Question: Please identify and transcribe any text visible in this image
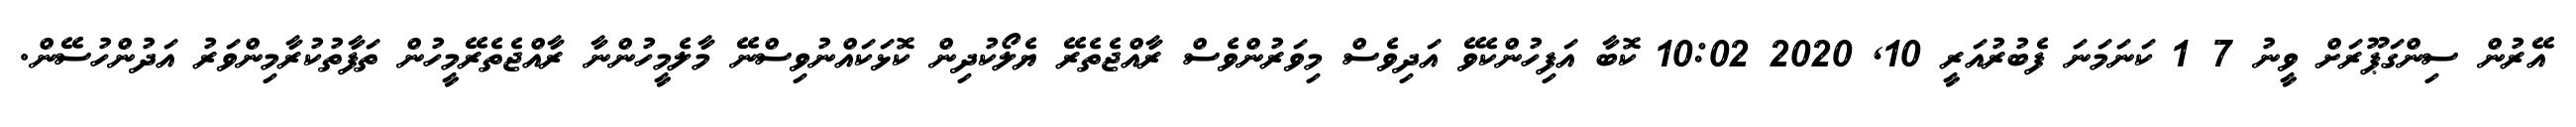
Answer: އޭރުން ސިންގަޕޫރަށް ވީނު 7 1 ކަނަމަނަ ފެބުރުއަރީ 10, 2020 10:02 ކޮބާ އަފިހުންކެވޭ އަދިވެސް މިވަރުންވެސް ރާއްޖެތެރޭ ޔެލޯކުދިން ކޮޅަކައްނުވިސްނޭ މާލެމީހުންނާ ރާއްޖެތެރޭމީހުން ތަފާތުކުރާމިންވަރު އަދުންހުސޭން.